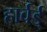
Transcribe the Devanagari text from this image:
हार्वर्ड्